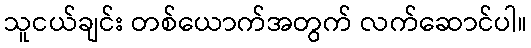
သူငယ်ချင်း တစ်ယောက်အတွက် လက်ဆောင်ပါ။